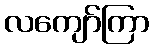
လကျော်ကြာ